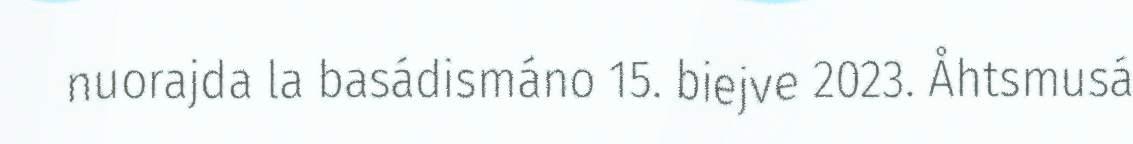
nuorajda la basádismáno 15. biejve 2023. Åhtsmusá